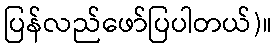
ပြန်လည်ဖော်ပြပါတယ်)။